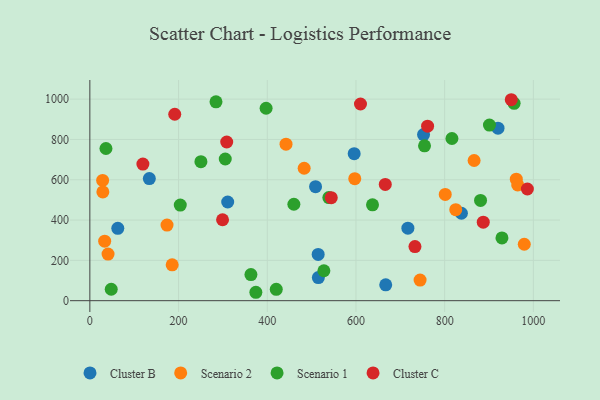
{"axis": {"x": "Price", "y": "Profit"}, "legend": ["Cluster B", "Cluster C", "Scenario 1", "Scenario 2"], "data": [{"x": "920.3", "y": 856.0, "type": "Cluster B"}, {"x": "596.0", "y": 729.4, "type": "Cluster B"}, {"x": "310.8", "y": 489.6, "type": "Cluster B"}, {"x": "717.1", "y": 359.8, "type": "Cluster B"}, {"x": "667.1", "y": 78.6, "type": "Cluster B"}, {"x": "63.0", "y": 359.1, "type": "Cluster B"}, {"x": "515.2", "y": 114.8, "type": "Cluster B"}, {"x": "134.1", "y": 605.8, "type": "Cluster B"}, {"x": "514.8", "y": 229.3, "type": "Cluster B"}, {"x": "508.9", "y": 565.8, "type": "Cluster B"}, {"x": "837.8", "y": 433.9, "type": "Cluster B"}, {"x": "752.4", "y": 824.3, "type": "Cluster B"}, {"x": "28.8", "y": 596.7, "type": "Scenario 2"}, {"x": "961.5", "y": 602.7, "type": "Scenario 2"}, {"x": "979.5", "y": 280.0, "type": "Scenario 2"}, {"x": "866.4", "y": 695.6, "type": "Scenario 2"}, {"x": "442.3", "y": 776.6, "type": "Scenario 2"}, {"x": "825.0", "y": 451.7, "type": "Scenario 2"}, {"x": "185.6", "y": 178.1, "type": "Scenario 2"}, {"x": "41.0", "y": 231.1, "type": "Scenario 2"}, {"x": "29.3", "y": 539.4, "type": "Scenario 2"}, {"x": "801.3", "y": 527.1, "type": "Scenario 2"}, {"x": "174.0", "y": 375.2, "type": "Scenario 2"}, {"x": "964.7", "y": 574.3, "type": "Scenario 2"}, {"x": "483.2", "y": 657.0, "type": "Scenario 2"}, {"x": "597.3", "y": 605.6, "type": "Scenario 2"}, {"x": "33.4", "y": 295.2, "type": "Scenario 2"}, {"x": "744.6", "y": 102.3, "type": "Scenario 2"}, {"x": "956.6", "y": 979.2, "type": "Scenario 1"}, {"x": "929.2", "y": 311.5, "type": "Scenario 1"}, {"x": "305.3", "y": 703.0, "type": "Scenario 1"}, {"x": "816.4", "y": 804.7, "type": "Scenario 1"}, {"x": "538.9", "y": 511.4, "type": "Scenario 1"}, {"x": "36.3", "y": 755.0, "type": "Scenario 1"}, {"x": "48.2", "y": 56.7, "type": "Scenario 1"}, {"x": "637.3", "y": 475.5, "type": "Scenario 1"}, {"x": "460.0", "y": 478.5, "type": "Scenario 1"}, {"x": "374.3", "y": 41.7, "type": "Scenario 1"}, {"x": "284.4", "y": 986.9, "type": "Scenario 1"}, {"x": "363.2", "y": 129.6, "type": "Scenario 1"}, {"x": "880.9", "y": 497.4, "type": "Scenario 1"}, {"x": "754.6", "y": 768.2, "type": "Scenario 1"}, {"x": "527.7", "y": 148.5, "type": "Scenario 1"}, {"x": "901.0", "y": 871.4, "type": "Scenario 1"}, {"x": "420.3", "y": 56.5, "type": "Scenario 1"}, {"x": "203.9", "y": 474.6, "type": "Scenario 1"}, {"x": "397.4", "y": 954.7, "type": "Scenario 1"}, {"x": "250.4", "y": 689.6, "type": "Scenario 1"}, {"x": "119.6", "y": 677.7, "type": "Cluster C"}, {"x": "733.0", "y": 268.5, "type": "Cluster C"}, {"x": "986.5", "y": 554.1, "type": "Cluster C"}, {"x": "308.6", "y": 787.3, "type": "Cluster C"}, {"x": "299.2", "y": 401.6, "type": "Cluster C"}, {"x": "191.4", "y": 925.0, "type": "Cluster C"}, {"x": "544.3", "y": 511.2, "type": "Cluster C"}, {"x": "610.2", "y": 975.8, "type": "Cluster C"}, {"x": "666.1", "y": 576.7, "type": "Cluster C"}, {"x": "950.2", "y": 997.1, "type": "Cluster C"}, {"x": "887.0", "y": 389.6, "type": "Cluster C"}, {"x": "761.5", "y": 865.7, "type": "Cluster C"}]}